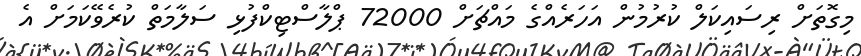
މިގޮތަށް ރިސައިކަލް ކުރުމުން އަހަރެއްގެ މައްޗަށް 72000 ޕްލާސްޓިކްފުޅި ސަލާމަތް ކުރެވޭކަމަށް އެ